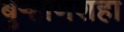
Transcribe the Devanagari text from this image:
बुर्‍हाणशहा